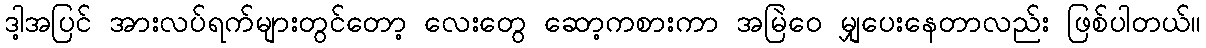
ဒါ့အပြင် အားလပ်ရက်များတွင်တော့ လေးတွေ ဆော့ကစားကာ အမြဲဝေ မျှပေးနေတာလည်း ဖြစ်ပါတယ်။